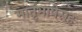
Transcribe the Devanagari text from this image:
मातृभाषेसह